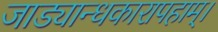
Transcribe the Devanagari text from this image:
जाड्यान्धकारापहाम्‌।